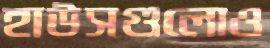
হাউসগুলোও